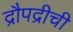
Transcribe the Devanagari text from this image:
द्रौपद्रीची